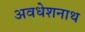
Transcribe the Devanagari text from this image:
अवधेशनाथ